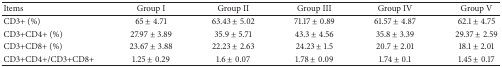
<table><thead><tr><td><b>Items </b></td><td><b>Group I</b></td><td><b>Group II</b></td><td><b>Group III</b></td><td><b>Group IV</b></td><td><b>Group V</b></td></tr></thead><tbody><tr><td>CD3+ (%)</td><td>65 ± 4.71</td><td>63.43 ± 5.02</td><td>71.17 ± 0.89</td><td>61.57 ± 4.87</td><td>62.1 ± 4.75</td></tr><tr><td>CD3+CD4+ (%)</td><td>27.97 ± 3.89</td><td>35.9 ± 5.71</td><td>43.3 ± 4.56</td><td>35.8 ± 3.39</td><td>29.37 ± 2.59</td></tr><tr><td>CD3+CD8+ (%)</td><td>23.67 ± 3.88</td><td>22.23 ± 2.63</td><td>24.23 ± 1.5</td><td>20.7 ± 2.01</td><td>18.1 ± 2.01</td></tr><tr><td>CD3+CD4+/CD3+CD8+</td><td>1.25 ± 0.29</td><td>1.6 ± 0.07</td><td>1.78 ± 0.09</td><td>1.74 ± 0.1</td><td>1.45 ± 0.17</td></tr></tbody></table>